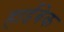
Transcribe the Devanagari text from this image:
हार्डबेक